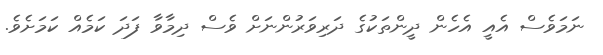
ނަމަވެސް އެއީ އެހެން ދީންތަކުގެ ދަރިވަރުންނަށް ވެސް ދިމާވާ ފަދަ ކަމެއް ކަމަށެވެ.